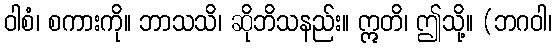
ဝါစံ၊ စကားကို။ ဘာသသိ၊ ဆိုဘိသနည်း။ ဣတိ၊ ဤသို့။ (ဘဂဝါ၊